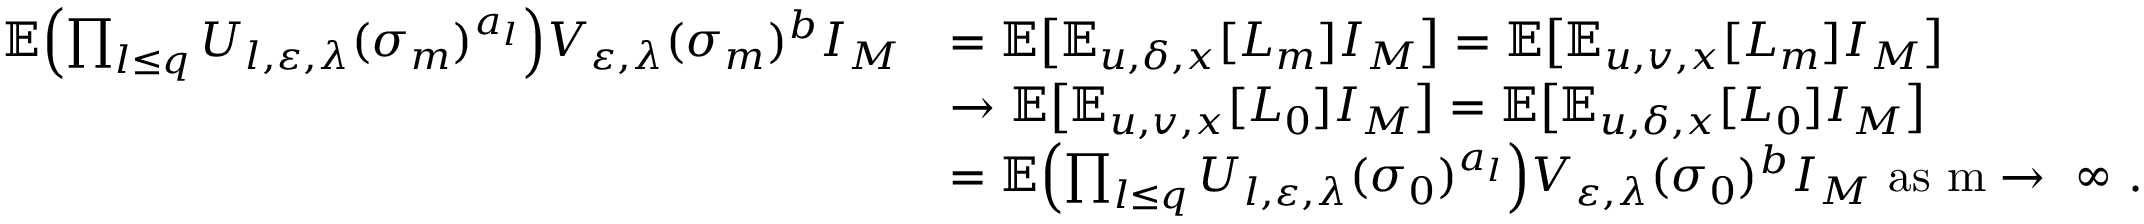
\begin{array} { r l } { \mathbb E \Bigl ( \prod _ { l \leq q } U _ { l , \varepsilon , \lambda } ( \sigma _ { m } ) ^ { a _ { l } } \Bigr ) V _ { \varepsilon , \lambda } ( \sigma _ { m } ) ^ { b } I _ { M } } & { = \mathbb E \bigl [ \mathbb E _ { u , \delta , x } [ L _ { m } ] I _ { M } \bigr ] = \mathbb E \bigl [ \mathbb E _ { u , v , x } [ L _ { m } ] I _ { M } \bigr ] } \\ & { \to \mathbb E \bigl [ \mathbb E _ { u , v , x } [ L _ { 0 } ] I _ { M } \bigr ] = \mathbb E \bigl [ \mathbb E _ { u , \delta , x } [ L _ { 0 } ] I _ { M } \bigr ] } \\ & { = \mathbb E \Bigl ( \prod _ { l \leq q } U _ { l , \varepsilon , \lambda } ( \sigma _ { 0 } ) ^ { a _ { l } } \Bigr ) V _ { \varepsilon , \lambda } ( \sigma _ { 0 } ) ^ { b } I _ { M } \, \, \mathrm { a s ~ m \to ~ \infty ~ } . } \end{array}